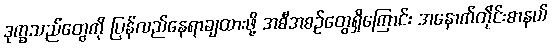
ဒုက္ခသည်တွေကို ပြန်လည်နေရာချထားဖို့ အစီအစဉ်တွေရှိကြောင်း အနောက်တိုင်းစာနယ်